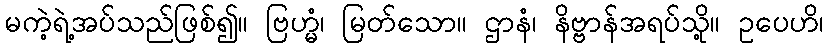
မကဲ့ရဲ့အပ်သည်ဖြစ်၍။ ဗြဟ္မံ၊ မြတ်သော။ ဌာနံ၊ နိဗ္ဗာန်အရပ်သို့။ ဥပေဟိ၊